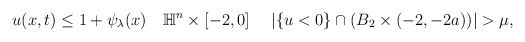
\begin{align*} \begin{aligned} u(x,t)\leq 1+\psi_{\lambda}(x) ~~~\mathbb{H}^n\times[-2,0] ~~~~|\{u<0\}\cap (B_2\times(-2,-2a))|>\mu,\\ \end{aligned} \end{align*}